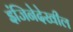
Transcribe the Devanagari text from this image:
इंजिनेदेखील